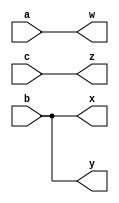
module top_module (
	input a,
	input b,
	input c,
	output w,
	output x,
	output y,
	output z);
	
	assign w = a;
	assign x = b;
	assign y = b;
	assign z = c;

	// Se voc tem certeza da largura de cada sinal, usar o 
	// operador de concatenao  equivalene e mais curto
	// assign {w,x,y,z} = {a,b,b,c};
	
endmodule